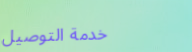
خدمة التوصيل